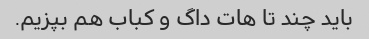
باید چند تا هات داگ و کباب هم بپزیم.